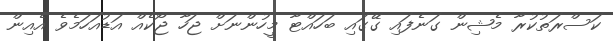
ކަސްރަތުކުރާ މެޝިން ގަނެފައި ގޭގައި ބަހައްޓާ މީހުންނަށް ޖަހާ ޖޯކެއް އަޑުއަހަމެވެ އެއިން